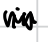
Text: in
Cross-out: zig-zag
Writing tool: digital_black